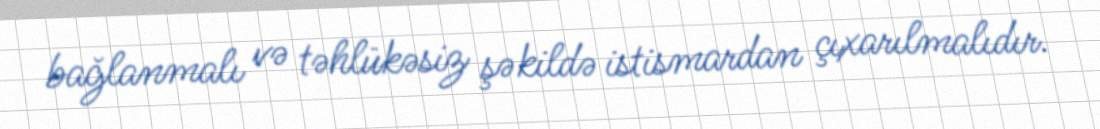
bağlanmalı və təhlükəsiz şəkildə istismardan çıxarılmalıdır.